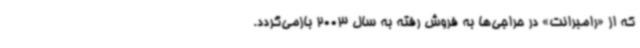
که از «‌رامبرانت» در حراجی‌ها به فروش رفته به سال 2003 بازمی‌گردد.